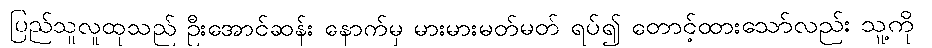
ပြည်သူလူထုသည် ဦးအောင်ဆန်း နောက်မှ မားမားမတ်မတ် ရပ်၍ တောင့်ထားသော်လည်း သူ့ကို